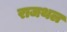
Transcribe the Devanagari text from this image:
राजथल